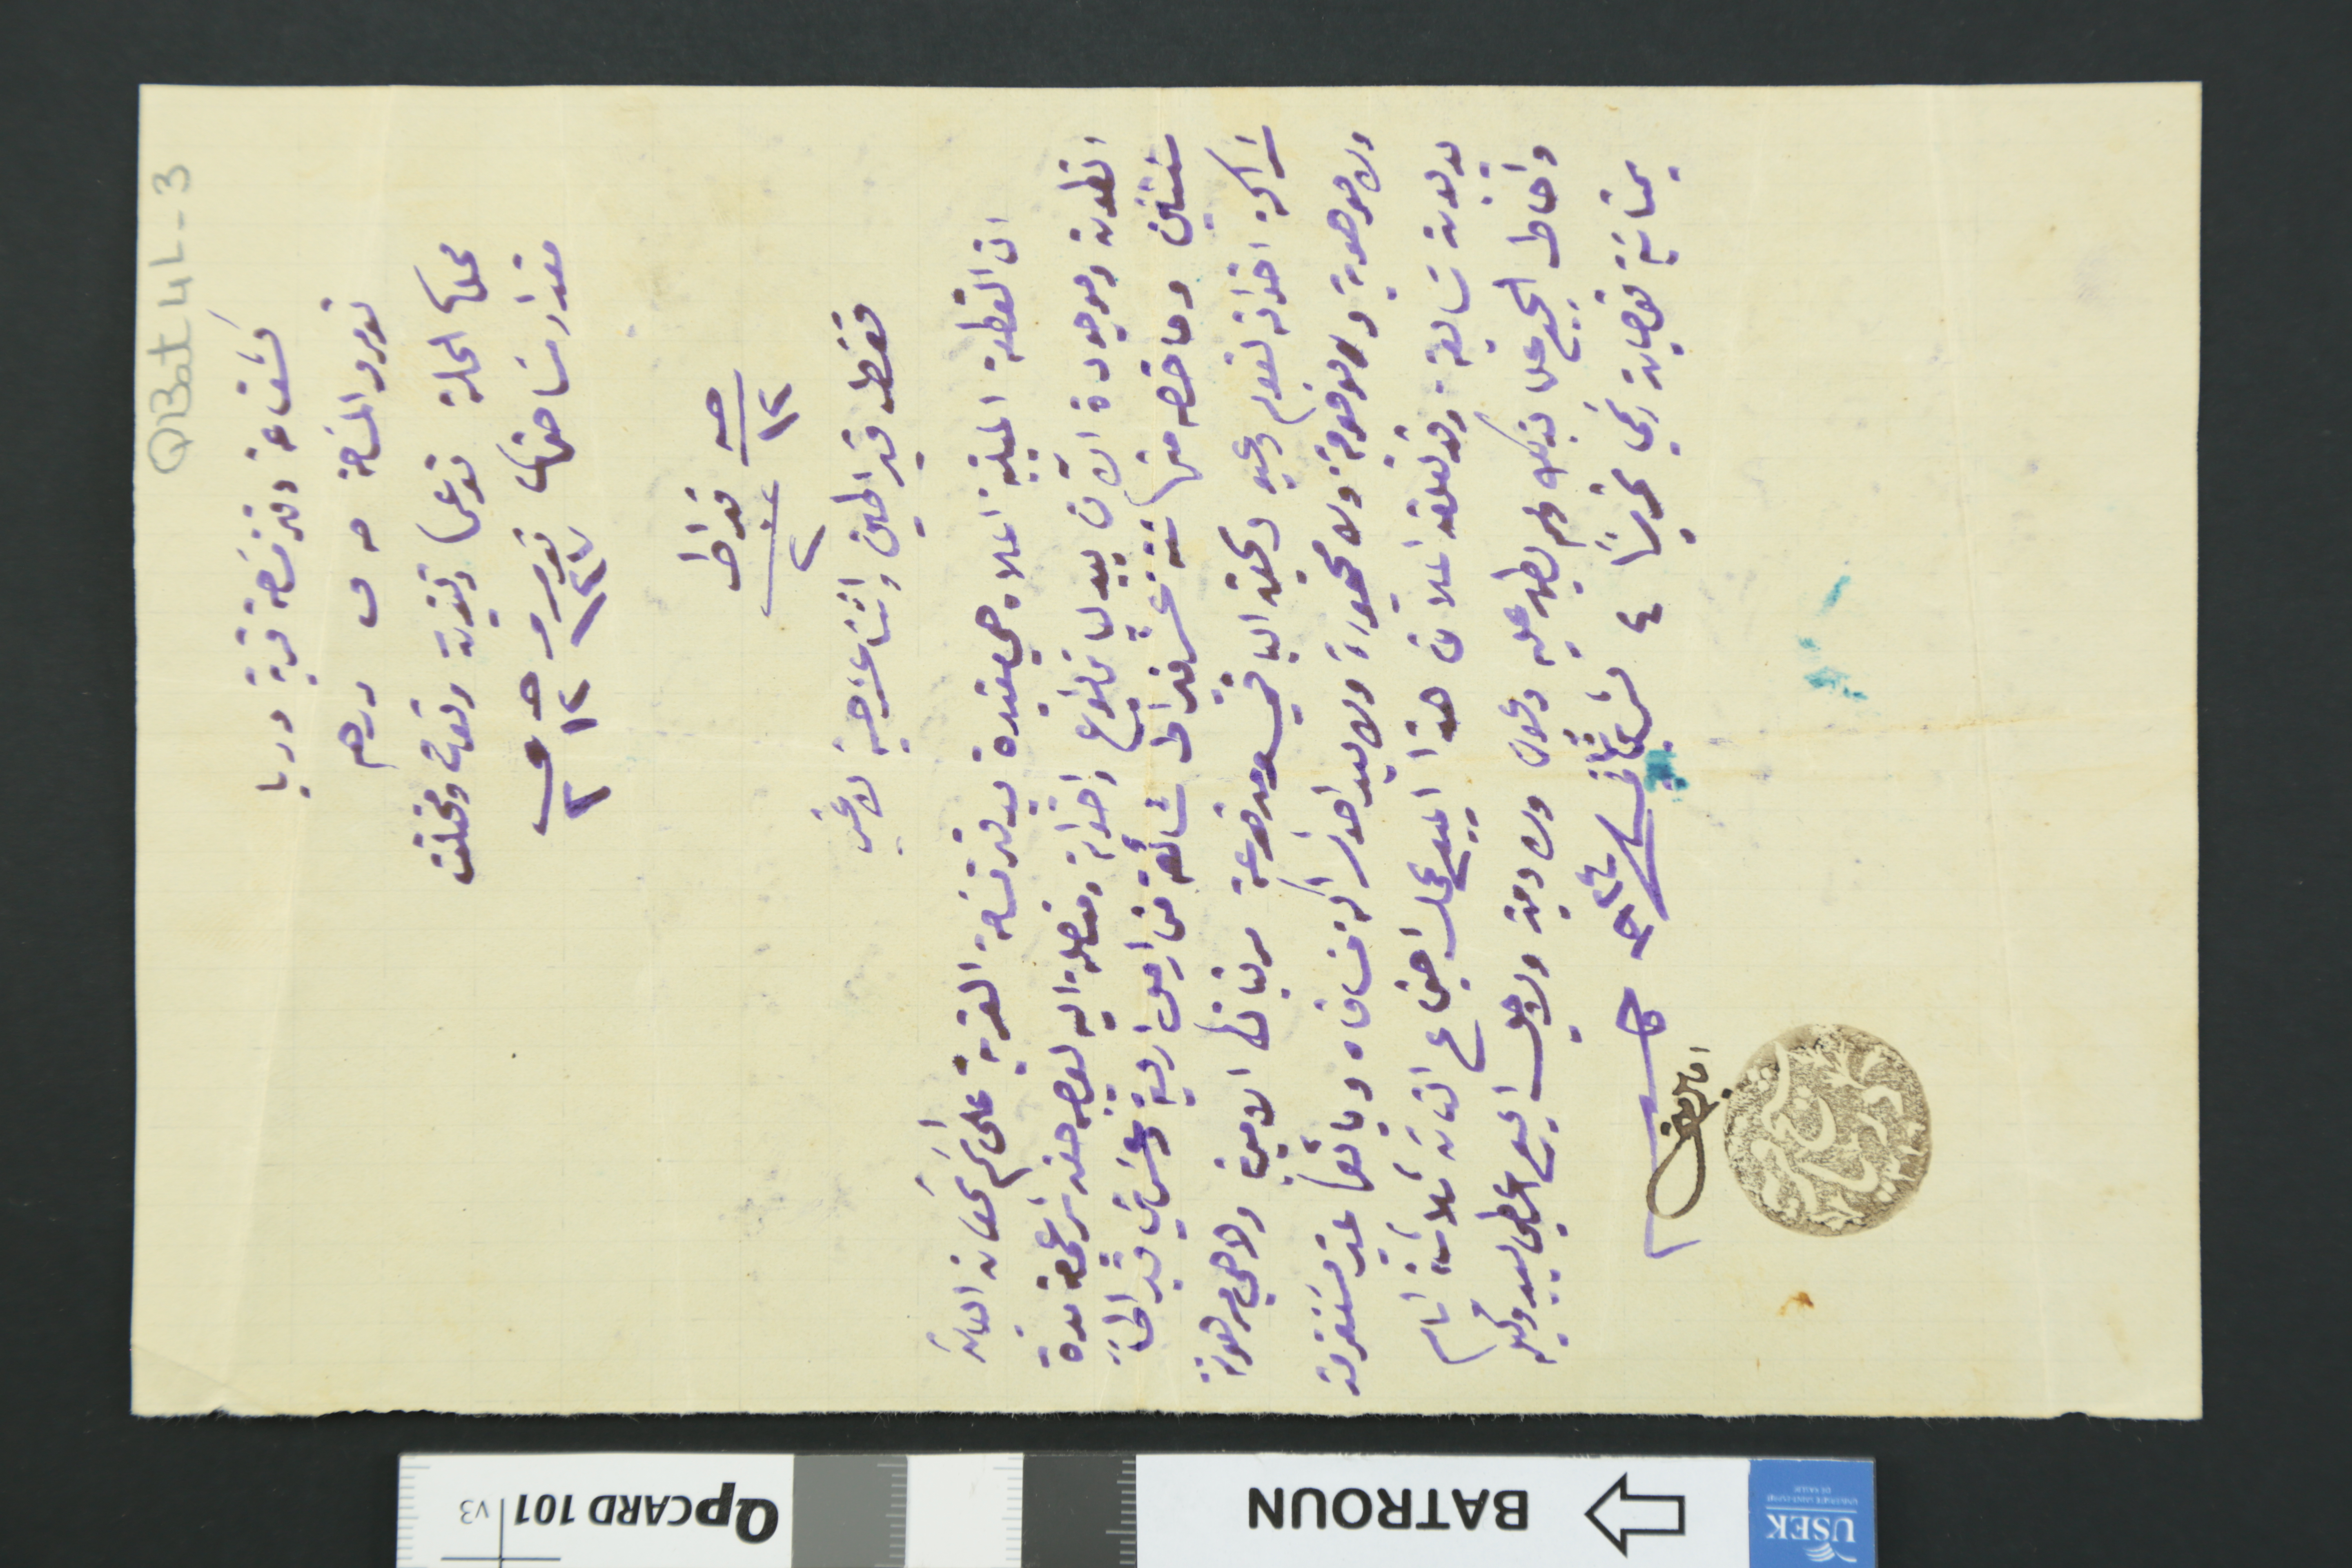
QBat 4L-3
كشف عن دفتر مسَاحة قرية دريا
نومرو المسَاحة حـ ق درهم
محلها الحلة نوعها زيتون وتوت ومختلف
مقدار مسَاحتها نومرو ١٤٧ حـ ١٢ ق ٢
حـبه ١٢ قيراط عدد ٢
فقط قيراطين واثنا عشر حبة لا غير
ان القطعة المبينة اعلاه هي مقيدة بدفتر مسَاحة القرية على اسَم سَمعان الياسَ
انطون وموجودة الآن بيد لياسَ ياشوع واخواته ومتصلة اليه بوجه حق شرعي من مدة
سنتين وما خصه منها سَتة عشر قيراط شائعة من اصل اربعة وعشرين قيراطاً
شراكة اخواته نعوم وعيد وبحق الباقي ومدفوعة مرتباتها الاميرية ولا هي مرهونة
ولا موهوبة ولا موقوفة ولا محجوزة ولا بيد احد شراكة مسَاقاه وبائعها غير مسَتغرمة
بدلات شايعة وقد تعلق اعلان هذا المبيع عمل اجتماع التامة ثلاثة ايام
واحاط الجميع علما بذلك ولم يطهر عليه دعوى ولا دين ولاجل الجميع اعطي بيد وكيله
بمثابَة قوجان رسَمي تحريراً ٤ تشرين تاني سنة ١٩٢٤
كاتب امين متى شيخ قرية دريا ٣١٦